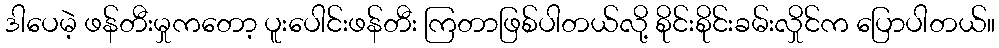
ဒါပေမဲ့ ဖန်တီးမှုကတော့ ပူးပေါင်းဖန်တီး ကြတာဖြစ်ပါတယ်လို့ စိုင်းစိုင်းခမ်းလှိုင်က ပြောပါတယ်။